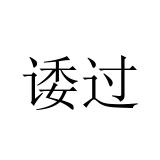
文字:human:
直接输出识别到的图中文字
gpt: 诿过